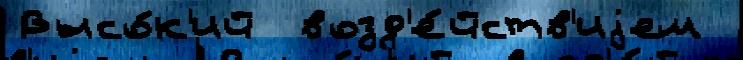
Высо́к'ий  возд'е́йств'иjем